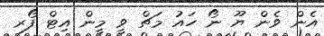
އެން ވެން ޔޫ ނޯ ހައު މަޗް ވީ މީން އިޓް ފޯރ